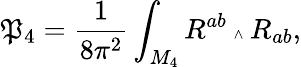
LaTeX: \mathfrak{P}_{4}=\frac{{1}}{{8\pi^{2}}}\int_{M_{4}}R^{ab}{\mathrm{{\tiny~\wedge~}}}R_{ab},